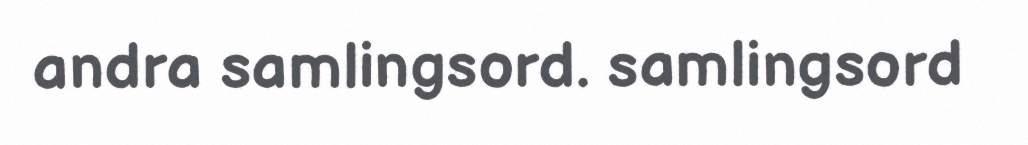
andra samlingsord. samlingsord